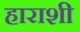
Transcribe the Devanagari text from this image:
हाराशी